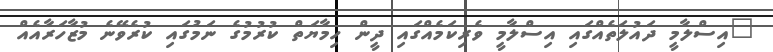
"އިސްލާމީ ދައުލަތެއްގައި އިސްލާމީ ވެރިކަމެއްގައި ދީން ހިމާޔަތް ކުރުމުގެ ނަމުގައި ކުރެވޭނެ މުޒާހަރާއެއް